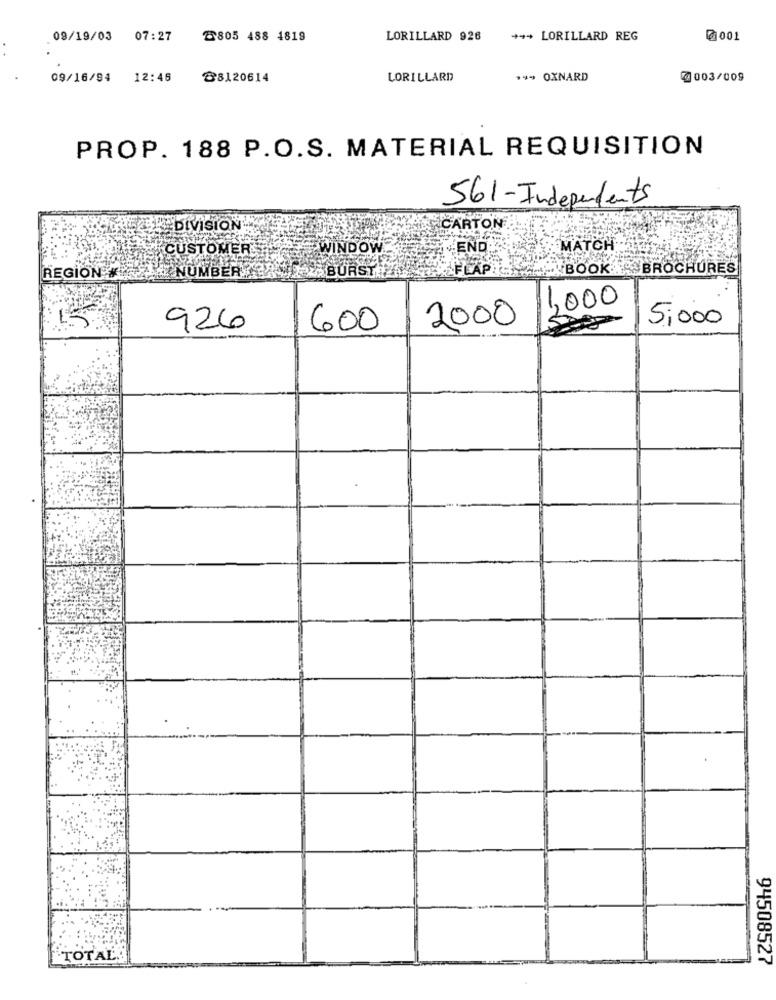
09/19/03 07:27
Z805 488 4819
LORILLARD 926
+++ LORILLARD REG
@001
09/16/94 12:46
28120614
LORILLARD
14 OXNARD
@003/009
PROP. 188 P.O.S. MATERIAL REQUISITION
561-Independents
DIVISION
CARTON
END.
MATCH
CUSTOMER WINDOW
FLAP
MY BOOK . BROCHURES
REGION
NUMBER .A
BURST
2000 2000
5,000
926
600
TOTAL.
94508527